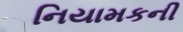
નિયામકની